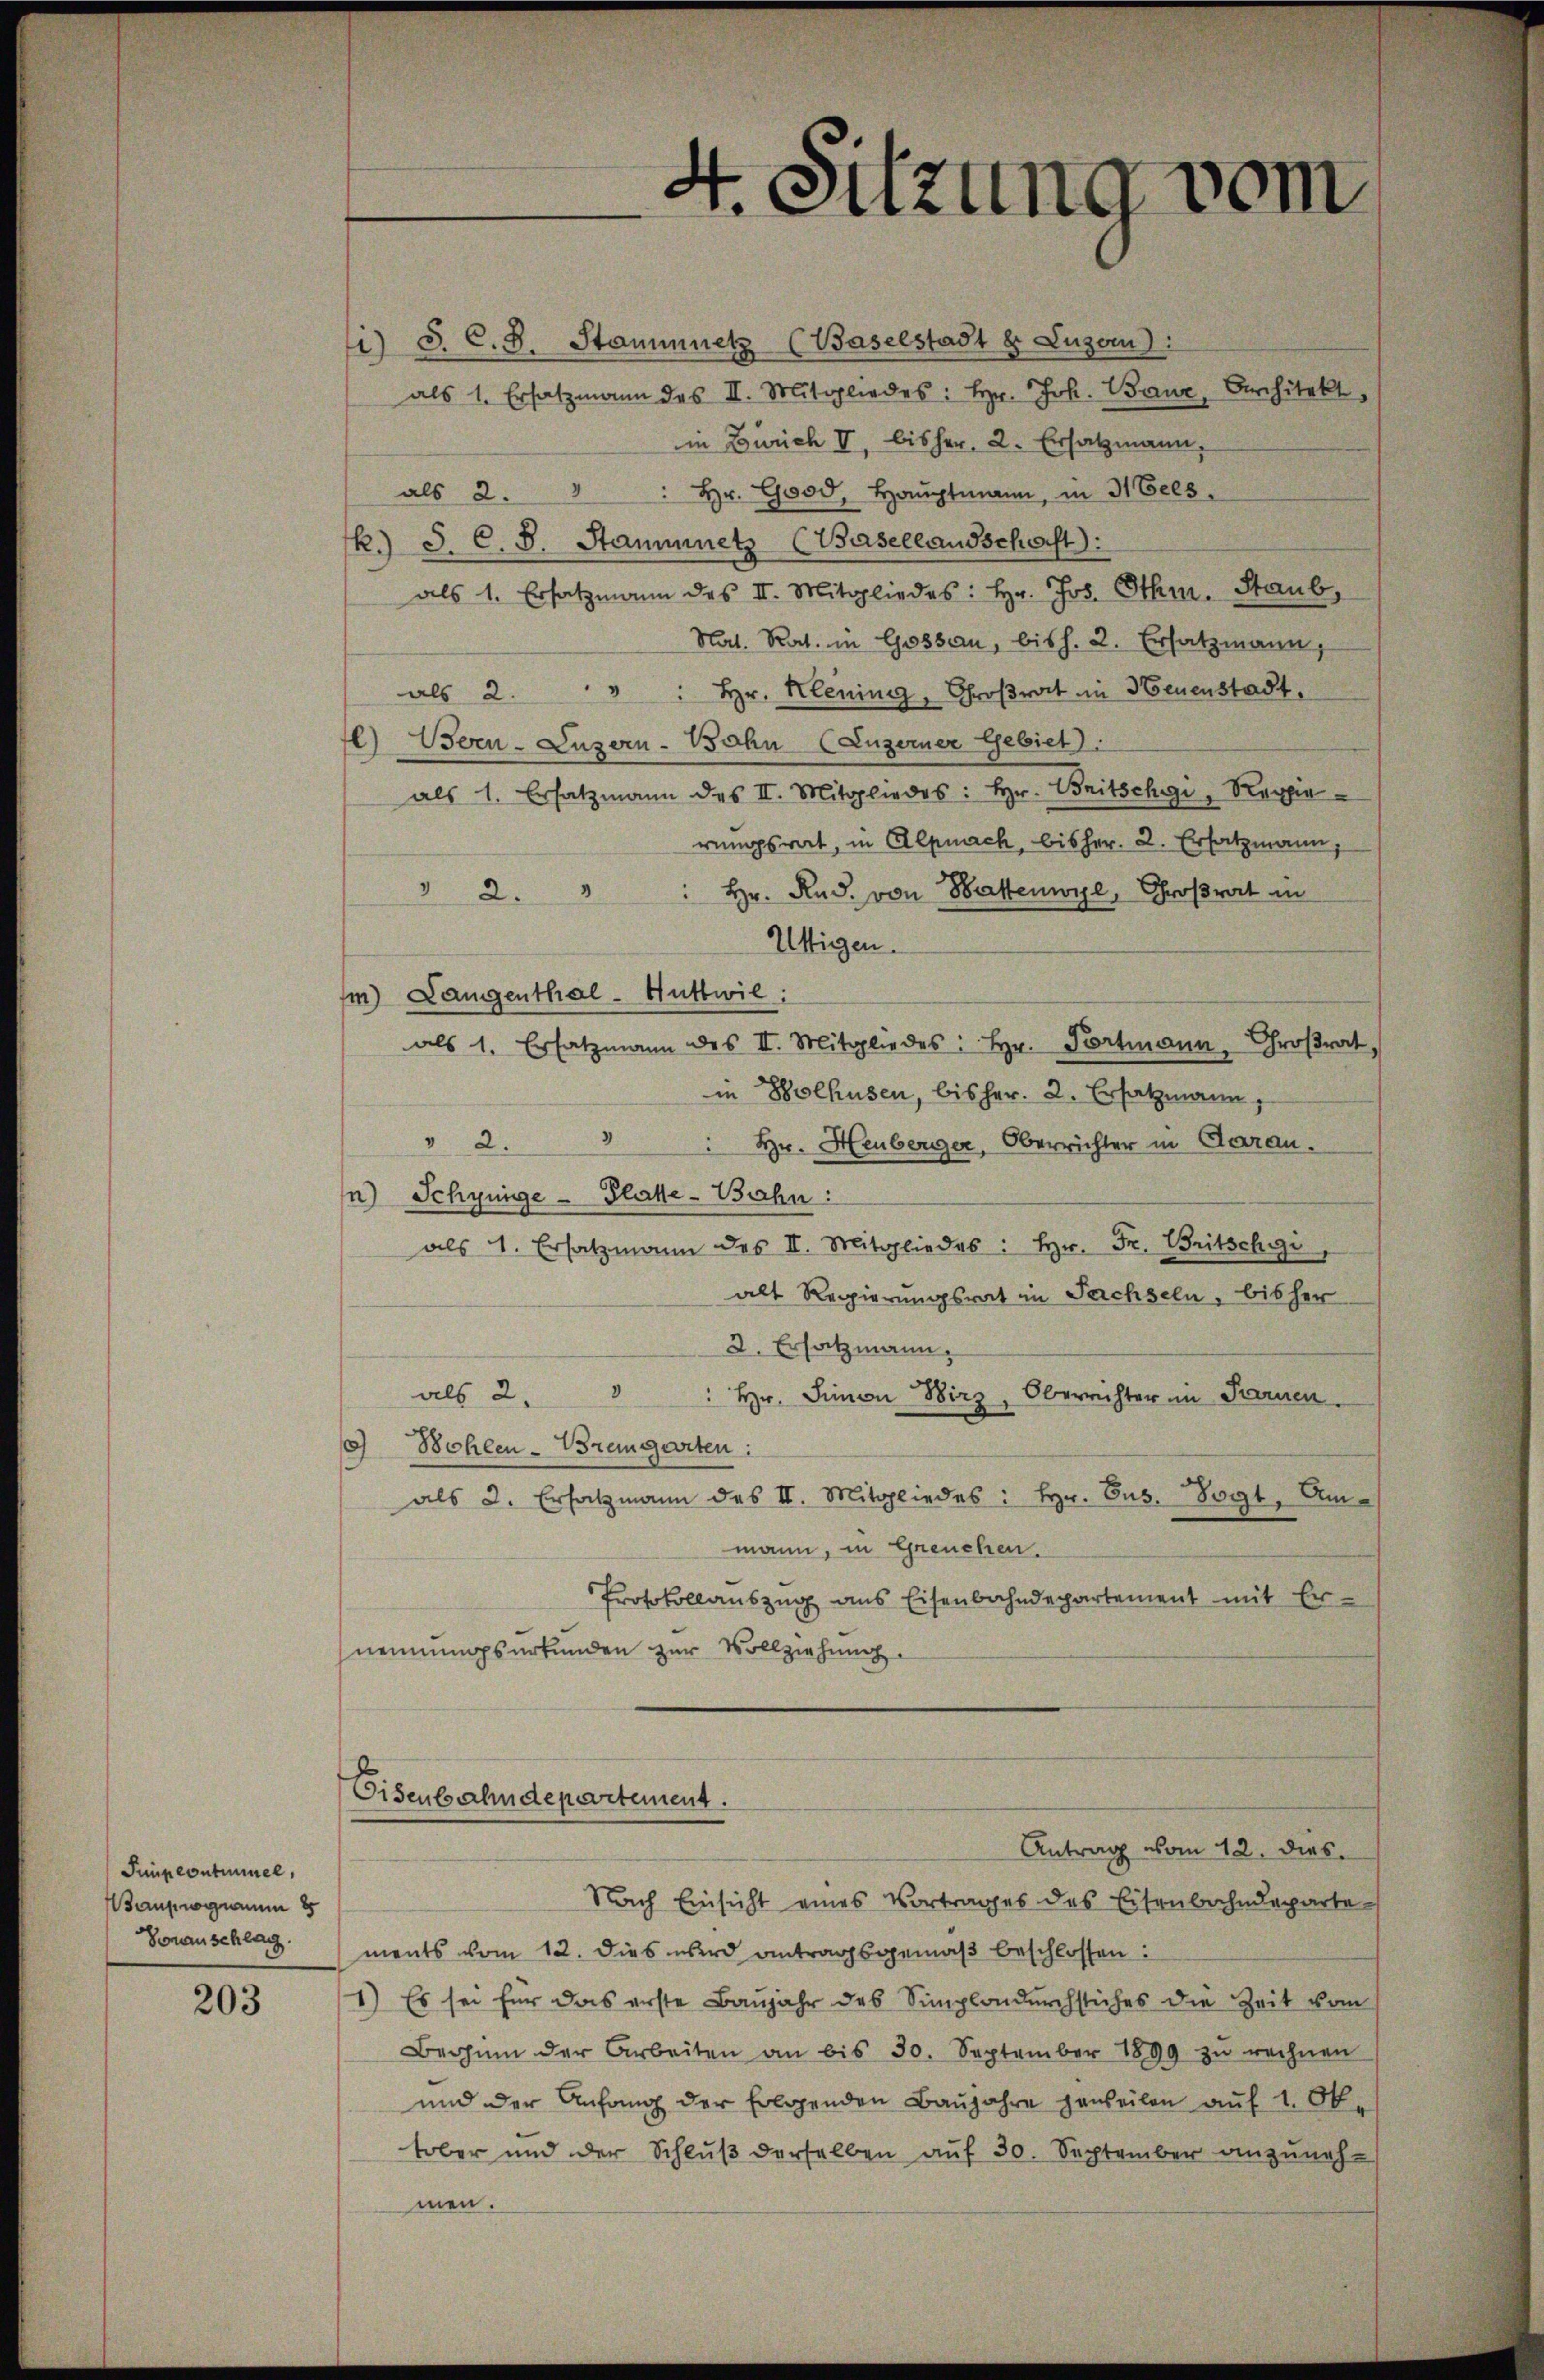
Gimpeontiel,
Bauprognum 8
Genanschlag.

203

li) S. C. 5. Stammnetz (Baselstadt u. Luzern):
als 1. Ersatzmann des II. Mitgliedes: Hr. Joh. Baur, Architekt,
in Zürich I, bisher, 2. Ersatzmann,
als 2. " " hr. Good, Haŭptmann, in 3 Gees
R.) S. C. 5. Stammnetz (Basellandschaft):
als 1. Ersatzmann des II. Mitgliedes: Hr. Jos. Othm. Staub,
Nat. Rat. in Gossau, bish. 2. Ersatzmann,
als 2. " " " hr. Kleinig, Groβrart in Neuenstadt,
l) Bern-Luzern-Bahn (Luzerner Gebiet).
als 1. Ersatzmann des II. Mitgliedes: Hr. Britschgi, Regie
rungsrat, in Alpnach, bisher. 2. Ersatzmann,
" 2. " " hr. Rud. von Battenwyl, Großrat in
Ustigen.
m) Langenthal - Huttwil:
als 1. Ersatzmann des II. Mitgliedes: Hr. Portmann, Groβrat,
in Wolhusen, bisher. 2. Ersatzmann,
v 2.
3 Hr. Heuberger, Oberrichter in Aarau.
n) Schrunge Platte-Bahn:
als 1. Ersatzmann des II. Mitgliedes: Hr. Fr. Britschei
alt Regierungsrat in Sachseln, bisher
2. Ersatzmann,
als 2. " " hr. Simon Wirz, Oberrichter in Pariren.
5) Bohlen-Bremgarten:
als 2. Ersatzmann des II. Mitgliedes: Hr. Bus. Vogt, Ammann, in Greuchen.
Protokollauszug aus Eisenbahndepartement mit Ernennungsurkunden zur Vollziehung
Eisenbahndepartement.
Antrag vom 12. dies
Nach Einsicht eines Vortrages des Eisenbahndeparte
ments vom 12. dies wird antragsgemäß beschlossen:
1.) Es sei für das erste Baŭjahr des Simplondurchstiches die Zeit vom
Beginn der Arbeiten an bis 30. September 1899 zŭ rechnen
und der Anfang der folgenden Baŭjahre ganteilen auf 1. Ok-
tober und der Schluß derselben auf 30. September anzunehmen.

4. Sitzung vom